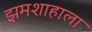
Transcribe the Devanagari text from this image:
झमशाहाला